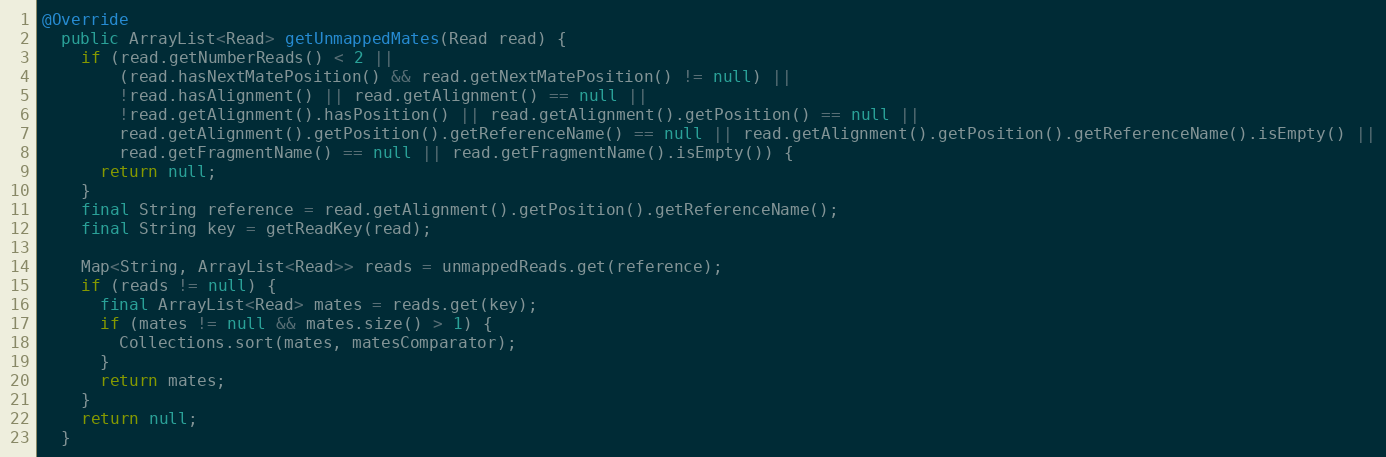
Language: Java
@Override
  public ArrayList<Read> getUnmappedMates(Read read) {
    if (read.getNumberReads() < 2 ||
        (read.hasNextMatePosition() && read.getNextMatePosition() != null) ||
        !read.hasAlignment() || read.getAlignment() == null ||
        !read.getAlignment().hasPosition() || read.getAlignment().getPosition() == null ||
        read.getAlignment().getPosition().getReferenceName() == null || read.getAlignment().getPosition().getReferenceName().isEmpty() ||
        read.getFragmentName() == null || read.getFragmentName().isEmpty()) {
      return null;
    }
    final String reference = read.getAlignment().getPosition().getReferenceName();
    final String key = getReadKey(read);

    Map<String, ArrayList<Read>> reads = unmappedReads.get(reference);
    if (reads != null) {
      final ArrayList<Read> mates = reads.get(key);
      if (mates != null && mates.size() > 1) {
        Collections.sort(mates, matesComparator);
      }
      return mates;
    }
    return null;
  }